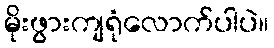
မိုးဖွားကျရုံလောက်ပါပဲ။